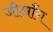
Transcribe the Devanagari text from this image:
जीआँग